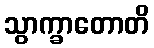
သွာက္ခာတောတိ